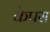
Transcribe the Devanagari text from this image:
केपस